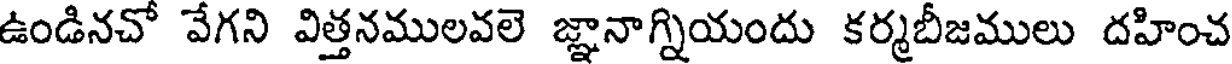
ఉండినచో వేగని విత్తనములవలె జ్ఞానాగ్నియందు కర్మబీజములు దహించ